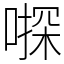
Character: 𠽄